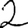
Digit: 2